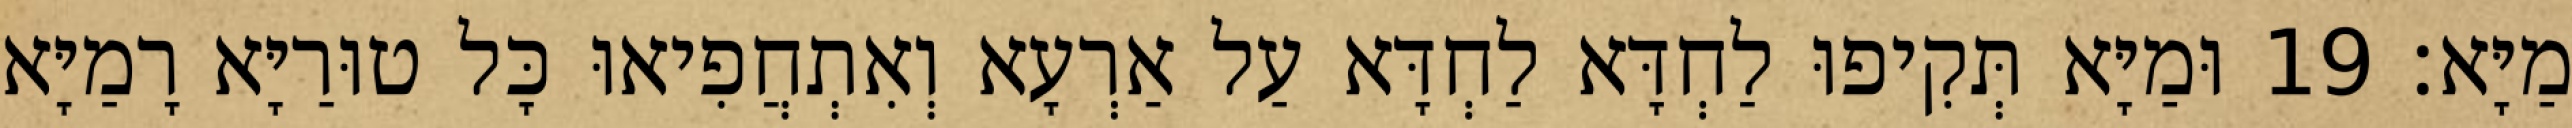
מַיָּא׃ 19 וּמַיָּא תְּקִיפוּ לַחְדָּא לַחְדָּא עַל אַרְעָא וְאִתְחֲפִיאוּ כָּל טוּרַיָּא רָמַיָּא